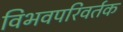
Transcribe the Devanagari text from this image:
विभवपरिवर्तक